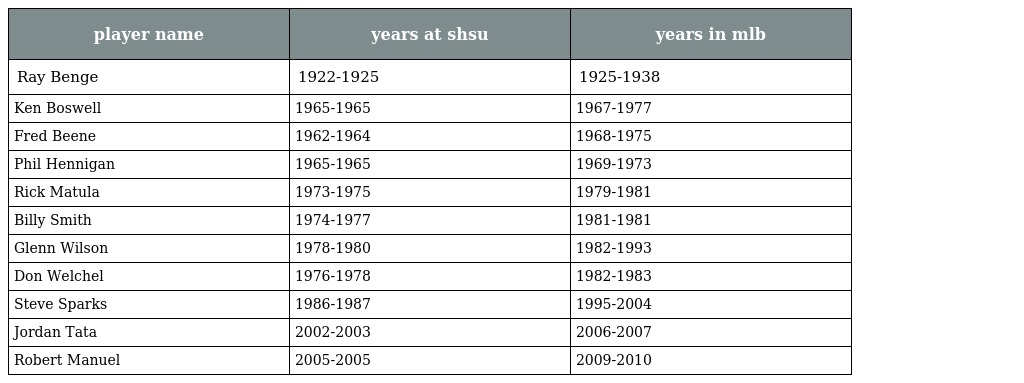
| player name | years at shsu | years in mlb |
 | --- | --- | --- |
 | Ray Benge | 1922-1925 | 1925-1938 |
 | Ken Boswell | 1965-1965 | 1967-1977 |
 | Fred Beene | 1962-1964 | 1968-1975 |
 | Phil Hennigan | 1965-1965 | 1969-1973 |
 | Rick Matula | 1973-1975 | 1979-1981 |
 | Billy Smith | 1974-1977 | 1981-1981 |
 | Glenn Wilson | 1978-1980 | 1982-1993 |
 | Don Welchel | 1976-1978 | 1982-1983 |
 | Steve Sparks | 1986-1987 | 1995-2004 |
 | Jordan Tata | 2002-2003 | 2006-2007 |
 | Robert Manuel | 2005-2005 | 2009-2010 |